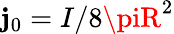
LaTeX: \mathbf{j}_{0}=I/8\piR^{2}